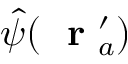
\hat { \psi } ( \mathrm { ~ \bf ~ r ~ } _ { a } ^ { \prime } )